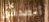
أتصدقين